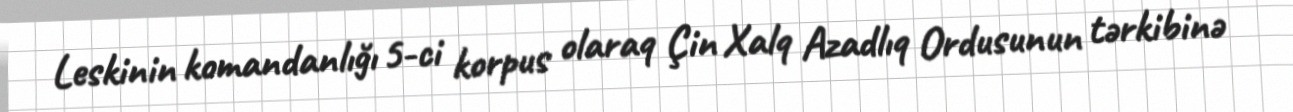
Leskinin komandanlığı 5-ci korpus olaraq Çin Xalq Azadlıq Ordusunun tərkibinə